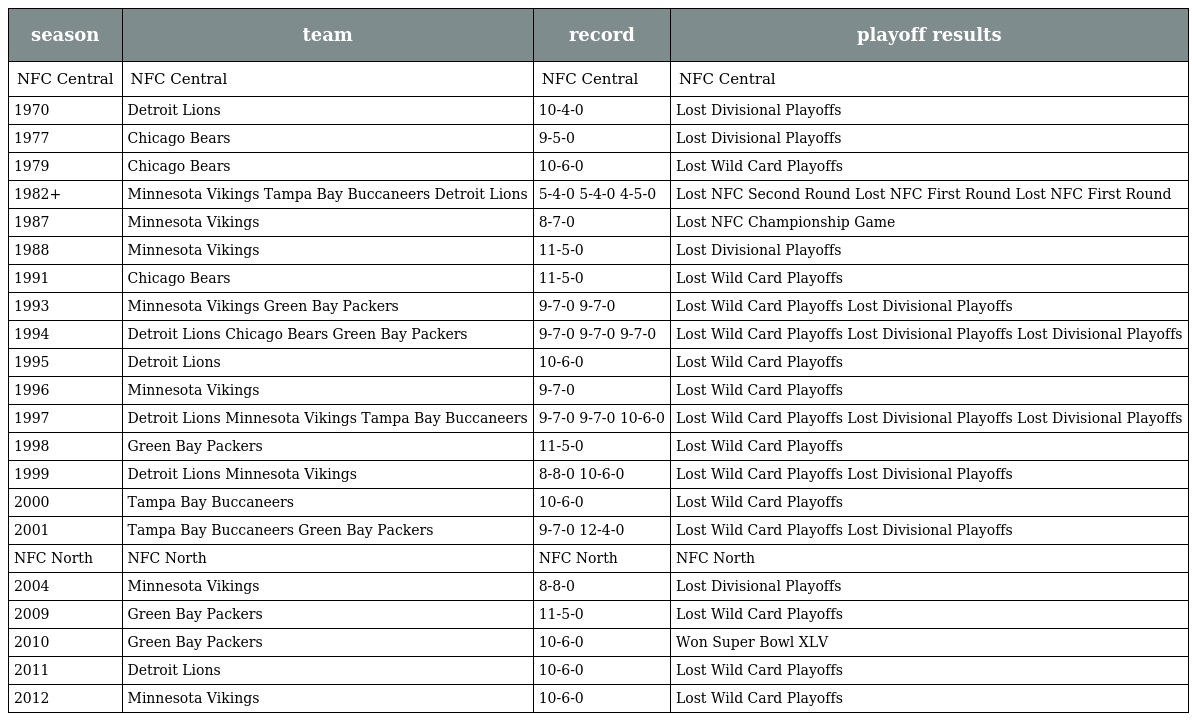
| season | team | record | playoff results |
 | --- | --- | --- | --- |
 | NFC Central | NFC Central | NFC Central | NFC Central |
 | 1970 | Detroit Lions | 10-4-0 | Lost Divisional Playoffs |
 | 1977 | Chicago Bears | 9-5-0 | Lost Divisional Playoffs |
 | 1979 | Chicago Bears | 10-6-0 | Lost Wild Card Playoffs |
 | 1982+ | Minnesota Vikings Tampa Bay Buccaneers Detroit Lions | 5-4-0 5-4-0 4-5-0 | Lost NFC Second Round Lost NFC First Round Lost NFC First Round |
 | 1987 | Minnesota Vikings | 8-7-0 | Lost NFC Championship Game |
 | 1988 | Minnesota Vikings | 11-5-0 | Lost Divisional Playoffs |
 | 1991 | Chicago Bears | 11-5-0 | Lost Wild Card Playoffs |
 | 1993 | Minnesota Vikings Green Bay Packers | 9-7-0 9-7-0 | Lost Wild Card Playoffs Lost Divisional Playoffs |
 | 1994 | Detroit Lions Chicago Bears Green Bay Packers | 9-7-0 9-7-0 9-7-0 | Lost Wild Card Playoffs Lost Divisional Playoffs Lost Divisional Playoffs |
 | 1995 | Detroit Lions | 10-6-0 | Lost Wild Card Playoffs |
 | 1996 | Minnesota Vikings | 9-7-0 | Lost Wild Card Playoffs |
 | 1997 | Detroit Lions Minnesota Vikings Tampa Bay Buccaneers | 9-7-0 9-7-0 10-6-0 | Lost Wild Card Playoffs Lost Divisional Playoffs Lost Divisional Playoffs |
 | 1998 | Green Bay Packers | 11-5-0 | Lost Wild Card Playoffs |
 | 1999 | Detroit Lions Minnesota Vikings | 8-8-0 10-6-0 | Lost Wild Card Playoffs Lost Divisional Playoffs |
 | 2000 | Tampa Bay Buccaneers | 10-6-0 | Lost Wild Card Playoffs |
 | 2001 | Tampa Bay Buccaneers Green Bay Packers | 9-7-0 12-4-0 | Lost Wild Card Playoffs Lost Divisional Playoffs |
 | NFC North | NFC North | NFC North | NFC North |
 | 2004 | Minnesota Vikings | 8-8-0 | Lost Divisional Playoffs |
 | 2009 | Green Bay Packers | 11-5-0 | Lost Wild Card Playoffs |
 | 2010 | Green Bay Packers | 10-6-0 | Won Super Bowl XLV |
 | 2011 | Detroit Lions | 10-6-0 | Lost Wild Card Playoffs |
 | 2012 | Minnesota Vikings | 10-6-0 | Lost Wild Card Playoffs |